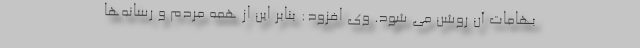
بهامات آن روشن می شود. وی افزود: بنابر این از همه مردم و رسانه‌ها